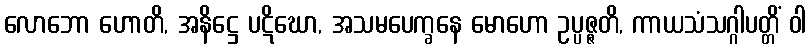
လောဘော ဟောတိ, အနိဋ္ဌေ ပဋိဃော, အသမပေက္ခနေ မောဟော ဥပ္ပဇ္ဇတိ, ကာယသံသဂ္ဂါပတ္တိံ ဝါ